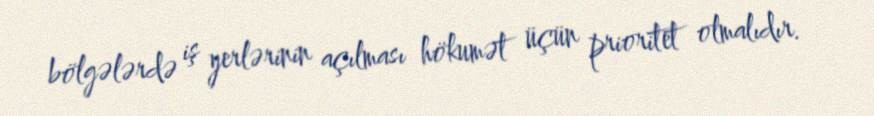
bölgələrdə iş yerlərinin açılması hökumət üçün prioritet olmalıdır.